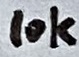
Text: 10K